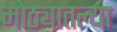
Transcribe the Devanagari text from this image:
मोठ्यातल्या